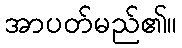
အာပတ်မည်၏။